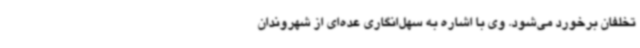
تخلفان برخورد می‌شود. وی با اشاره به سهل‌انگاری عده‌ای از شهروندان